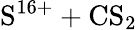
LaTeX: \mathrm{S^{16+}+CS_{2}}